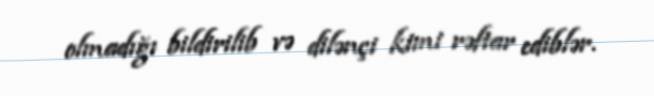
olmadığı bildirilib və dilənçi kimi rəftar ediblər.